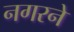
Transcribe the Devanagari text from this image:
नगरने